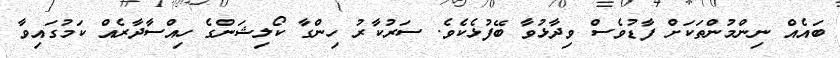
ބައެއް ނިންމުންތަކަށް ފާޑުވެސް ވިދާޅުވާ ބޭފުޅެކެވެ. ސަރުކާރު ހިންގާ ކޯލިޝަންގެ ހިއްސާދާރެއް ކަމުގައިވާ